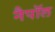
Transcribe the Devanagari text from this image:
नैपॉल